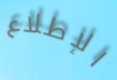
الإطلاع